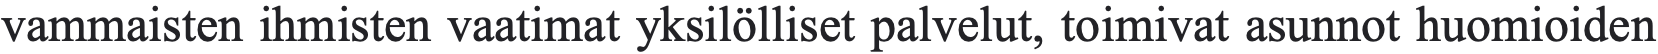
vammaisten ihmisten vaatimat yksilölliset palvelut, toimivat asunnot huomioiden